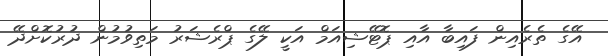
އޭގެ ތެރެއިން ފައިބާ އާއި ޕޮޓޭޝިއަމް އަކީ ލޭގެ ޕްރެޝަރު މަތިވުމުން ދުރުކޮށްދޭ